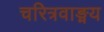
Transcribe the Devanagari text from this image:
चरित्रवाङ्मय